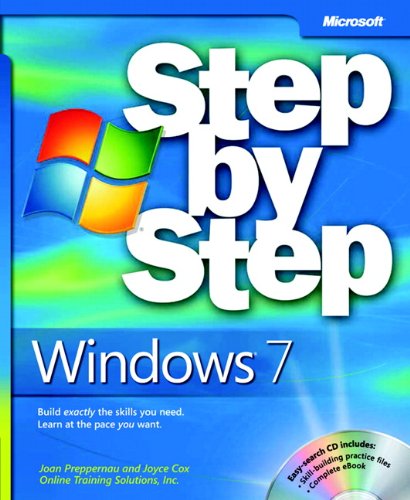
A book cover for Windows 7 Step by Step; Joan Lambert; Computers & Technology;